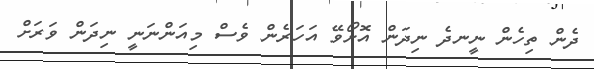
ދެން ތިހެން ނީނދެ ނިދަން އޮށޯވޭ އަހަރެން ވެސް މިއަންނަނީ ނިދަން ވަރަށް